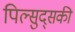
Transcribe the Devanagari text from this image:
पिल्सुद्सकी